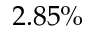
2 . 8 5 \%